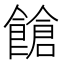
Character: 𩝞